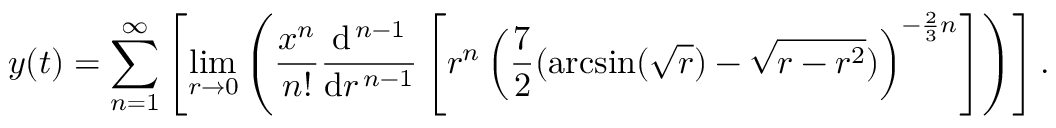
y ( t ) = \sum _ { n = 1 } ^ { \infty } \left[ \operatorname* { l i m } _ { r \to 0 } \left( { \frac { x ^ { n } } { n ! } } { \frac { \mathrm { d } ^ { \, n - 1 } } { \mathrm { d } r ^ { \, n - 1 } } } \left[ r ^ { n } \left( { \frac { 7 } { 2 } } ( \arcsin ( { \sqrt { r } } ) - { \sqrt { r - r ^ { 2 } } } ) \right) ^ { - { \frac { 2 } { 3 } } n } \right] \right) \right] .